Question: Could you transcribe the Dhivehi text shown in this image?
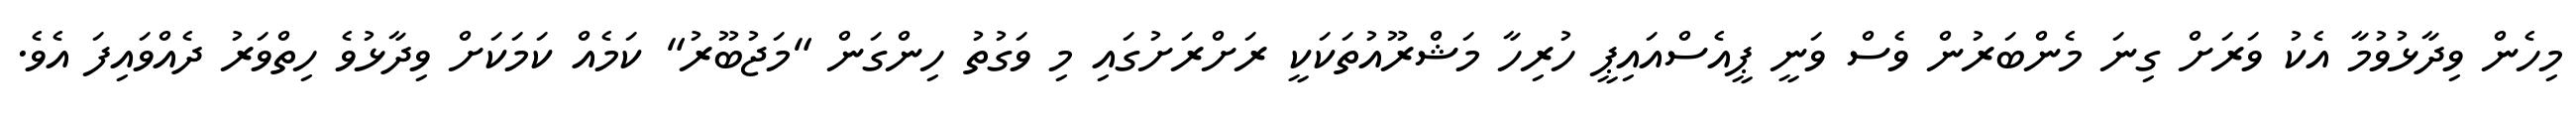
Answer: މިހެން ވިދާޅުވުމާ އެކު ވަރަށް ގިނަ މެންބަރުން ވެސް ވަނީ ޕީއެސްއައިޕީ ހުރިހާ މަޝްރޫއުތަކަކީ ރަށްރަށުގައި މި ވަގުތު ހިންގަން "މަޖުބޫރު" ކަމެއް ކަމަކަށް ވިދާޅުވެ ހިތްވަރު ދެއްވައިފަ އެވެ.